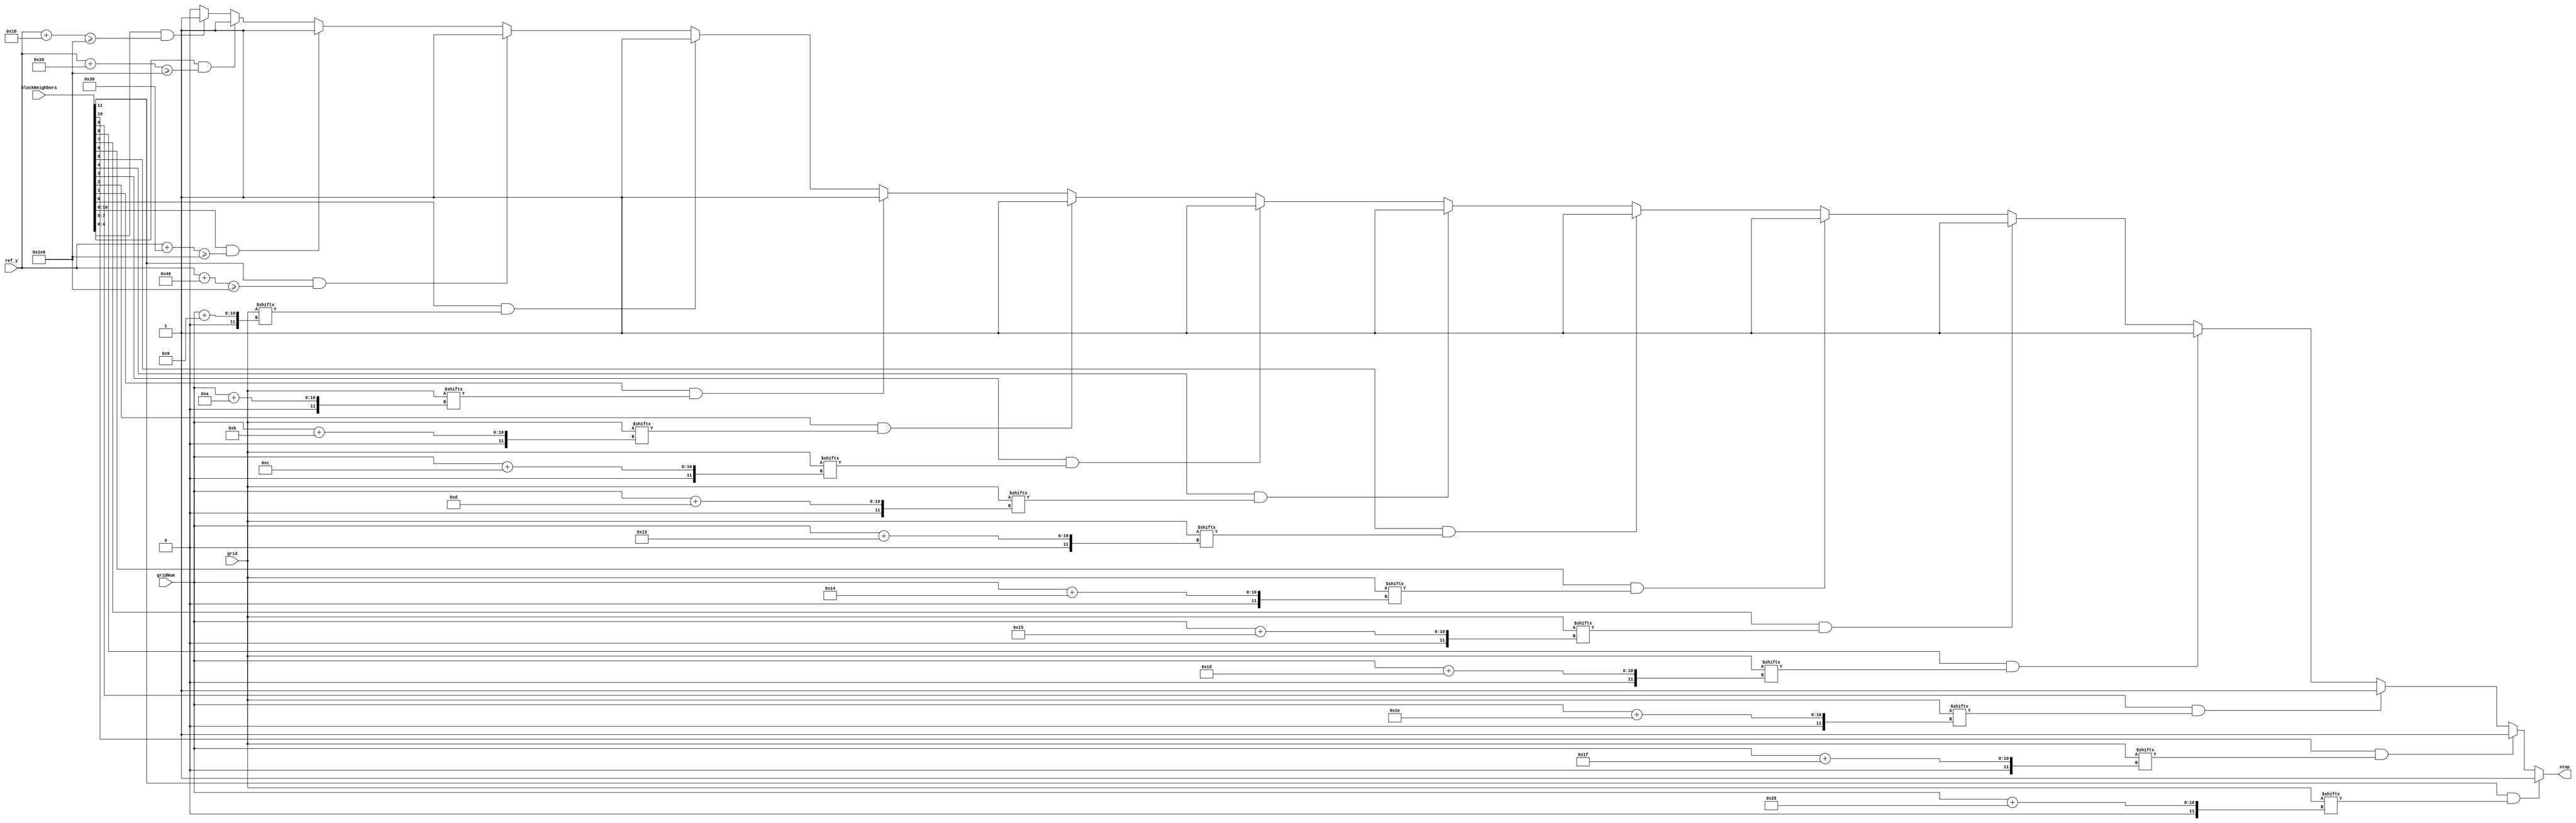
module stop_sign(
    input  [11:0]  blockNeighbors,
    input  [9:0]   ref_y,
    input  [9:0]   gridNum,
    input  [299:0] grid,
    output reg stop
    );

    parameter size = 16;

    always@(*) begin
        if     (blockNeighbors[11] && grid[gridNum+40]) stop = 1;
        else if(blockNeighbors[10] && grid[gridNum+31]) stop = 1;
        else if(blockNeighbors[9]  && grid[gridNum+30]) stop = 1;
        else if(blockNeighbors[8]  && grid[gridNum+29]) stop = 1;
        else if(blockNeighbors[7]  && grid[gridNum+21]) stop = 1;
        else if(blockNeighbors[6]  && grid[gridNum+20]) stop = 1;
        else if(blockNeighbors[5]  && grid[gridNum+19]) stop = 1;
        else if(blockNeighbors[4]  && grid[gridNum+13]) stop = 1;
        else if(blockNeighbors[3]  && grid[gridNum+12]) stop = 1;
        else if(blockNeighbors[2]  && grid[gridNum+11]) stop = 1;
        else if(blockNeighbors[1]  && grid[gridNum+10]) stop = 1;
        else if(blockNeighbors[0]  && grid[gridNum+9] ) stop = 1;

        else if(blockNeighbors[11]   && ref_y + 4*size >= 480) stop = 1;
        else if(blockNeighbors[10:8] && ref_y + 3*size >= 480) stop = 1;
        else if(blockNeighbors[7:5]  && ref_y + 2*size >= 480) stop = 1;
        else if(blockNeighbors[4:0]  && ref_y +   size >= 480) stop = 1;
        else stop = 0;
    end

endmodule